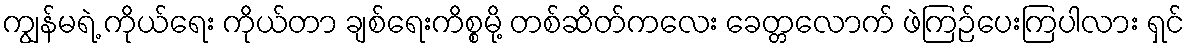
ကျွန်မရဲ့ ကိုယ်ရေး ကိုယ်တာ ချစ်ရေးကိစ္စမို့ တစ်ဆိတ်ကလေး ခေတ္တလောက် ဖဲကြဉ်ပေးကြပါလား ရှင်